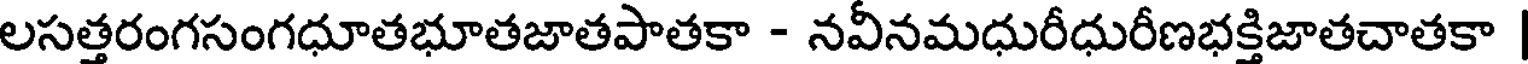
లసత్తరంగసంగధూతభూతజాతపాతకా - నవీనమధురీధురీణభక్తిజాతచాతకా